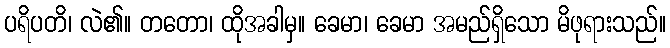
ပရိပတိ၊ လဲ၏။ တတော၊ ထိုအခါမှ။ ခေမာ၊ ခေမာ အမည်ရှိသော မိဖုရားသည်။